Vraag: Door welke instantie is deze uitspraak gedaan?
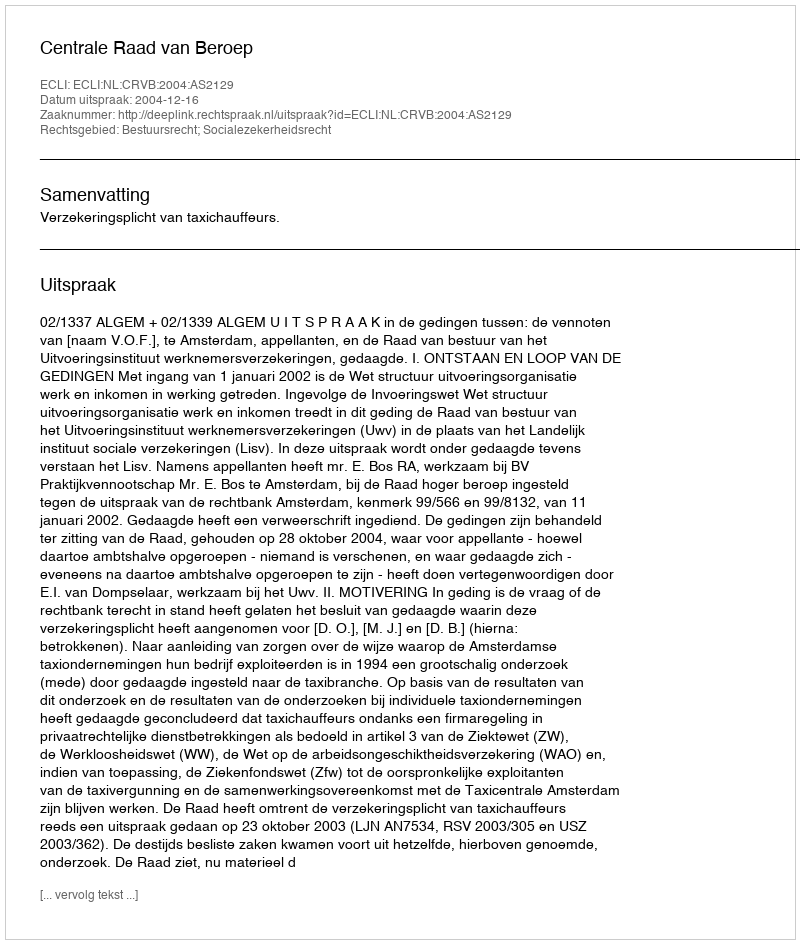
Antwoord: Centrale Raad van Beroep